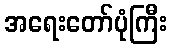
အရေးတော်ပုံကြီး